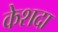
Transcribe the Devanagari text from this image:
केशदा